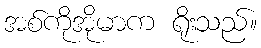
အစ်ကိုအိုမာက ရိုးသည်။